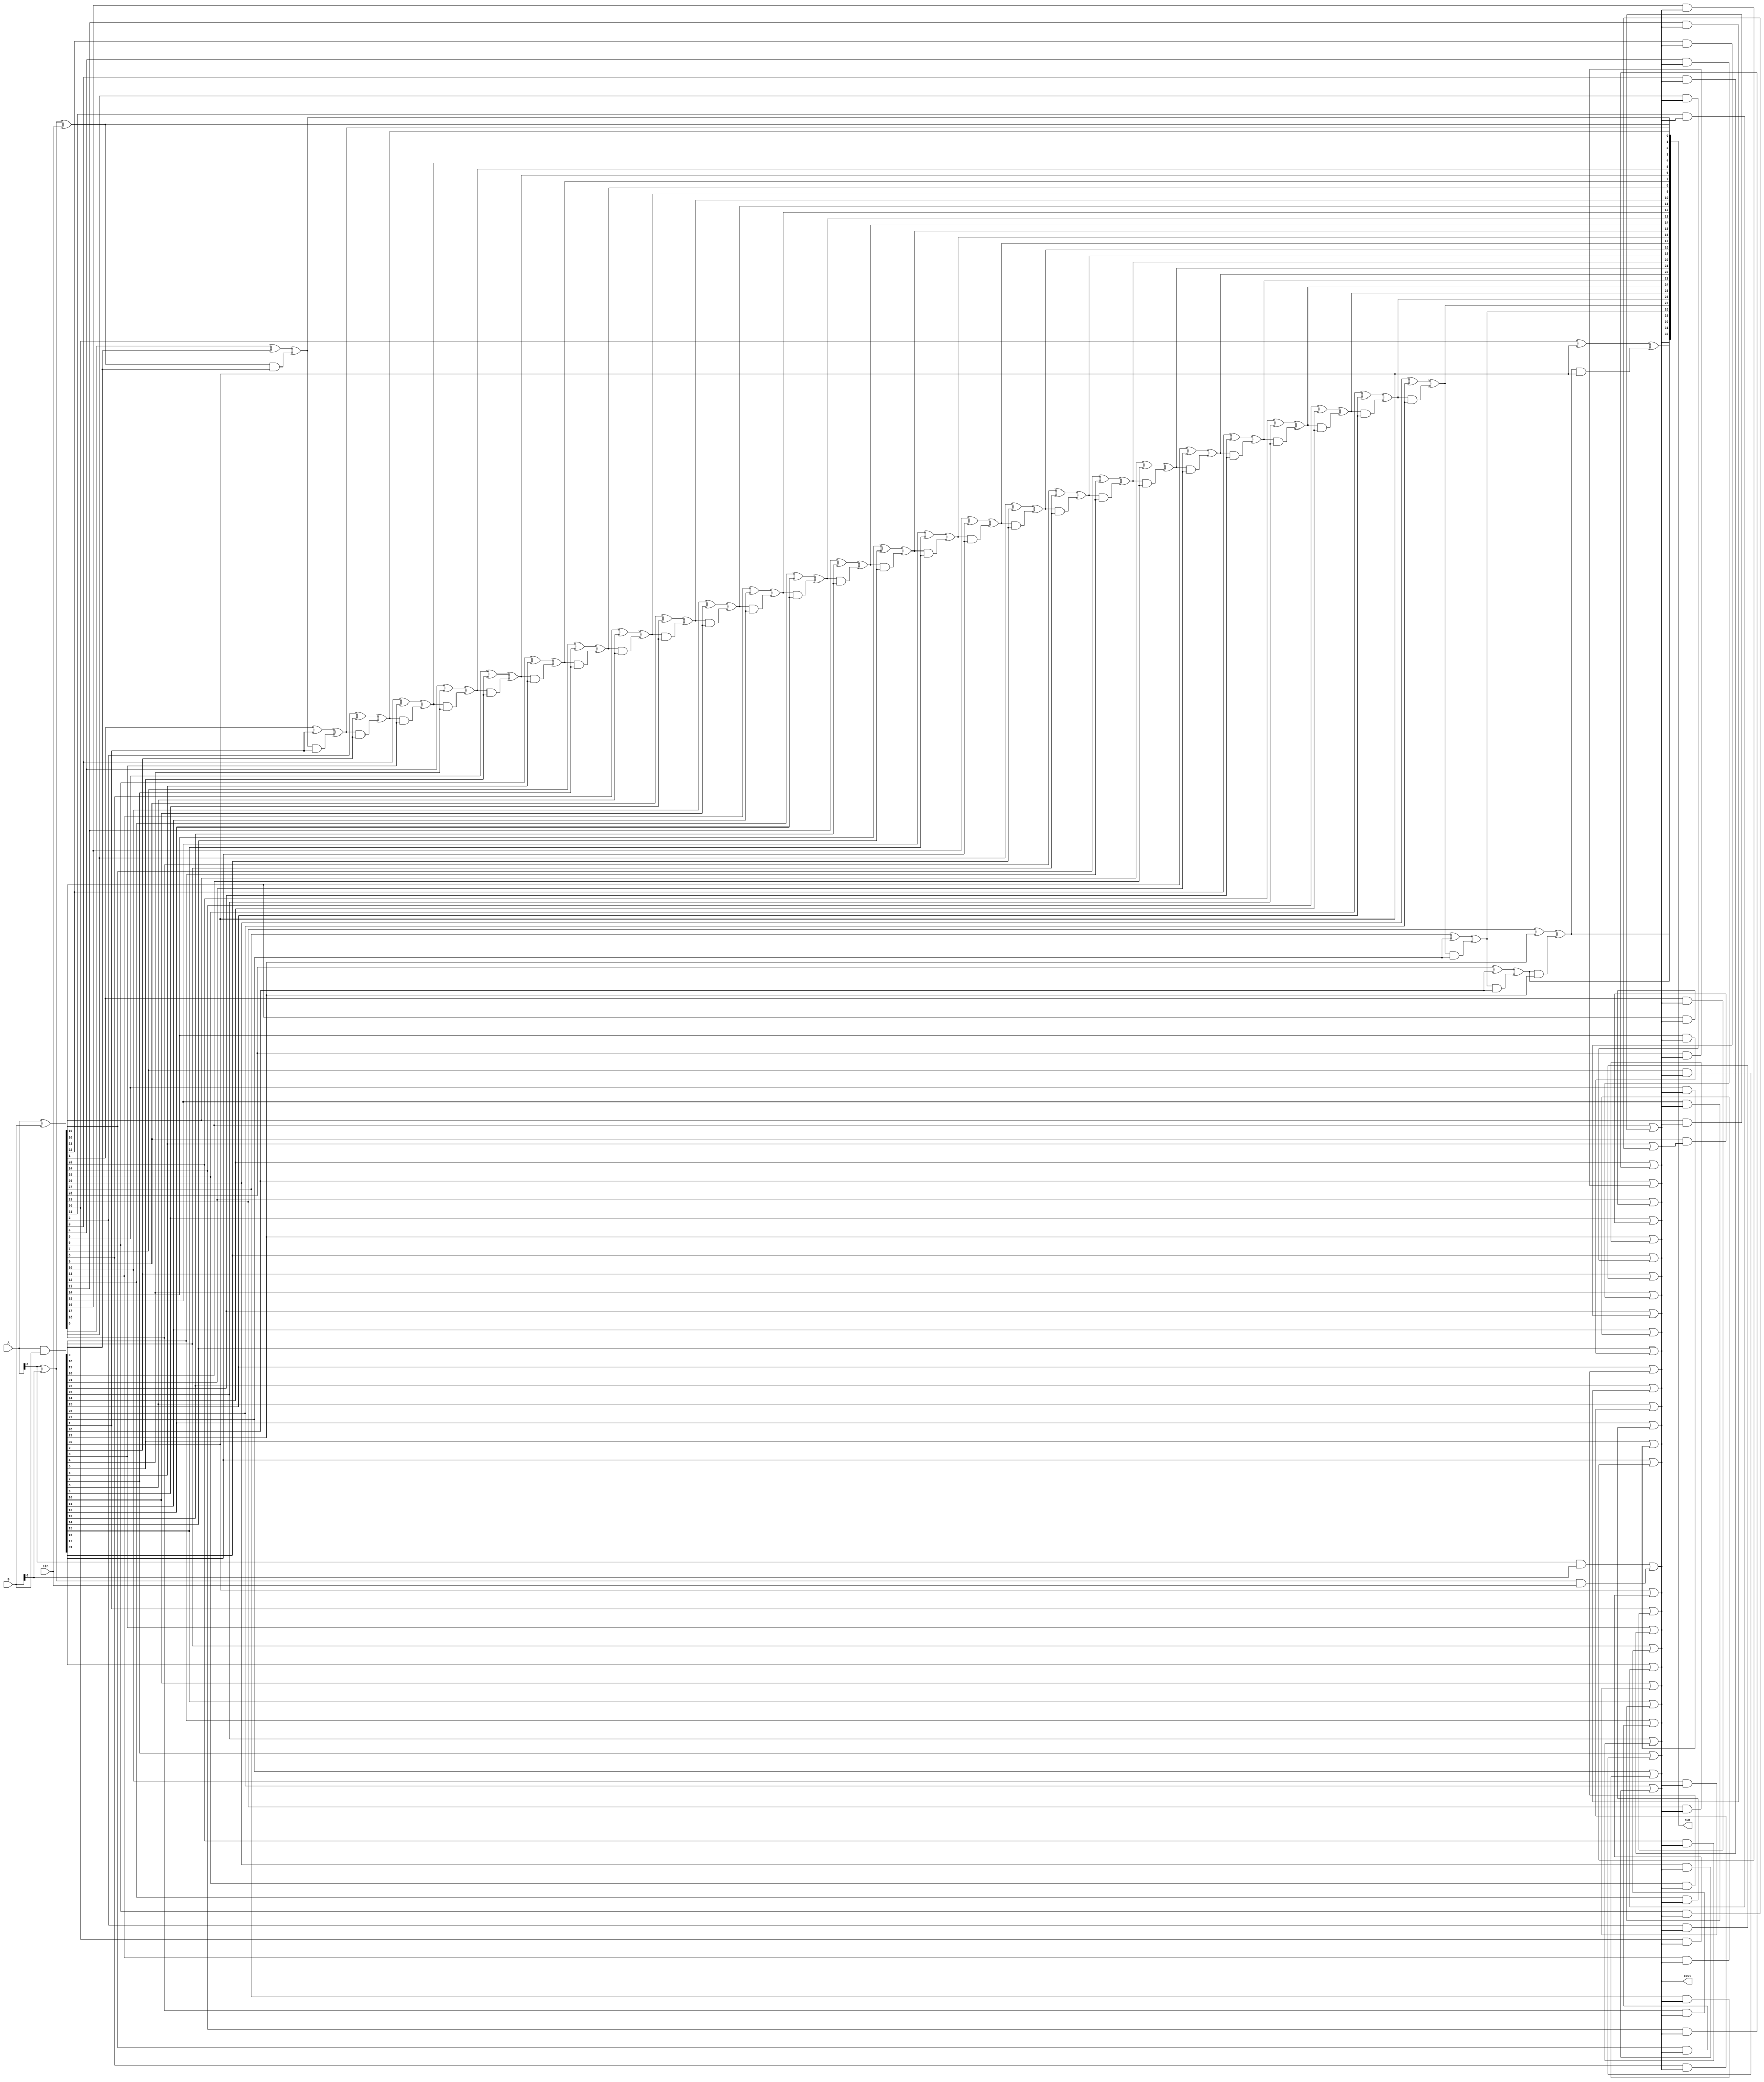
module CarrySkipAdder (
    input wire [31:0] A,
    input wire [31:0] B,
    input wire cin,
    output wire [32:0] sum,
    output wire cout
);

wire [31:0] P, G;

assign P = A ^ B;
assign G = A & B;

assign sum[0] = A[0] ^ B[0] ^ cin;
assign cout = A[0] & B[0] | (A[0] ^ B[0]) & cin;

genvar i;

generate
    for (i = 1; i < 32; i = i + 1) begin
        assign sum[i] = P[i-1] ^ G[i-1] ^ (sum[i-1] & G[i-1]);
        assign cout = G[i] | (P[i] & cout);
    end    
endgenerate

assign sum[32] = cout;

endmodule